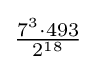
{\tfrac {7^{3}\cdot 493}{2^{18}}}